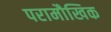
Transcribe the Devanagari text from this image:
परामौखिक